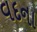
વદના